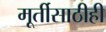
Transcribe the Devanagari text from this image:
मूर्तीसाठीही